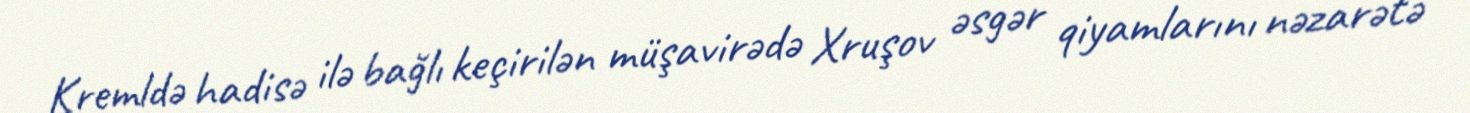
Kremldə hadisə ilə bağlı keçirilən müşavirədə Xruşov əsgər qiyamlarını nəzarətə